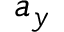
a _ { y }